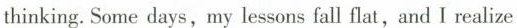
thinking. Some days,my lessons fall flat,and I realize